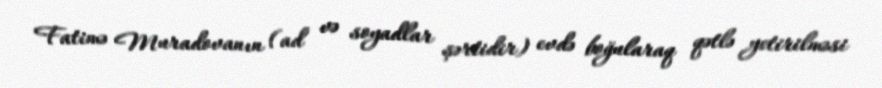
Fatimə Muradovanın (ad və soyadlar şərtidir) evdə boğularaq qətlə yetirilməsi